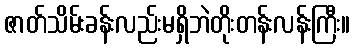
ဇာတ်သိမ်းခန်းလည်းမရှိဘဲတိုးတန်းလန်းကြီး။